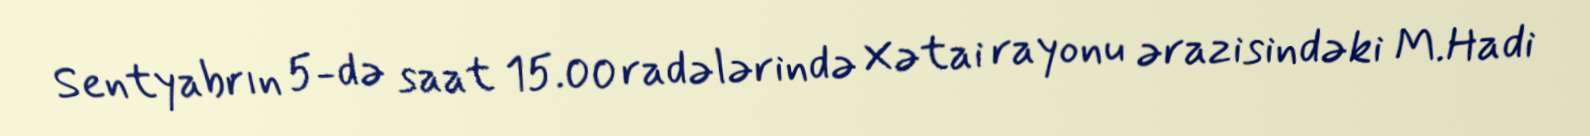
Sentyabrın 5-də saat 15.00 radələrində Xətai rayonu ərazisindəki M.Hadi